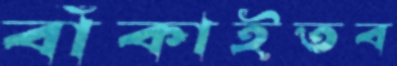
বাঁকাইতব